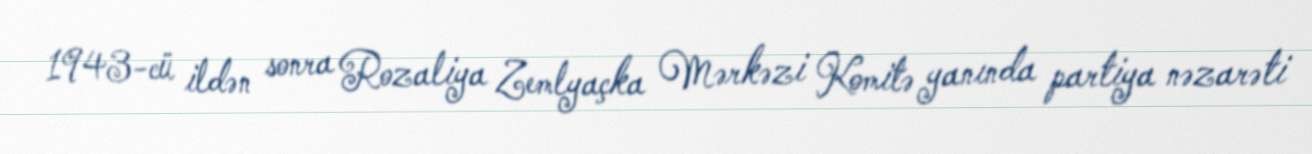
1943-cü ildən sonra Rozaliya Zemlyaçka Mərkəzi Komitə yanında partiya nəzarəti